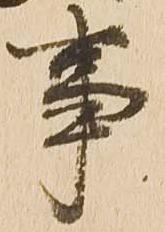
事